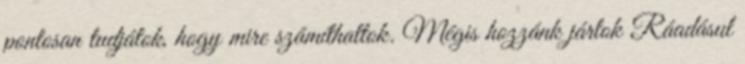
pontosan tudjátok, hogy mire számíthattok. Mégis hozzánk jártok Ráadásul